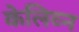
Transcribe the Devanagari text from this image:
केलिव्न